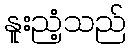
နူးညံ့သည်